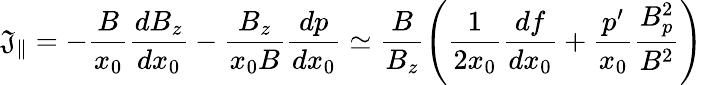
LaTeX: \mathfrak{J}_{\parallel}=-\frac{{B}}{{x_{0}}}\frac{{dB_{z}}}{{dx_{0}}}-\frac{{B_{z}}}{{x_{0}B}}\frac{{dp}}{{dx_{0}}}\simeq\frac{{B}}{{B_{z}}}\left(\frac{{1}}{{2x_{0}}}\frac{{df}}{{dx_{0}}}+\frac{{p^{\prime}}}{{x_{0}}}\frac{{B_{p}^{2}}}{{B^{2}}}\right)